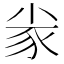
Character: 𡭷